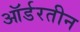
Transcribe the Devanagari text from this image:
ऑर्डरतीन